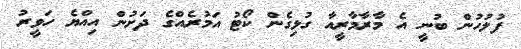
ފުލުހުން ބުނީ އެ މާރާމާރީއާ ގުޅިގެން ކޯޓު އަމުރެއްގެ ދަށުން އިއްޔެ ހަވީރު